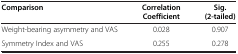
| Comparison | Correlation Coefficient | Sig. (2-tailed) |
 | --- | --- | --- |
 | Weight-bearing asymmetry and VAS | 0.028 | 0.907 |
 | Symmetry Index and VAS | 0.255 | 0.278 |